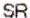
SR